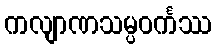
ကလျာဏသမ္ပဝင်္ကဿ